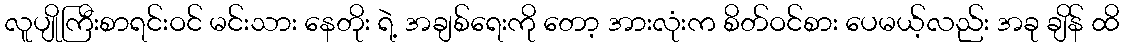
လူပျိုကြီးစာရင်းဝင် မင်းသား နေတိုး ရဲ့ အချစ်ရေးကို တော့ အားလုံးက စိတ်ဝင်စား ပေမယ့်လည်း အခု ချိန် ထိ